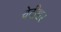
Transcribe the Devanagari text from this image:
चेदीश्वर